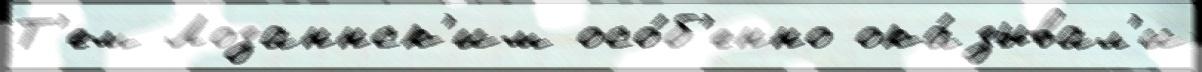
Т'ем Лозаннск'им осо́б'енно ока́зывал'и